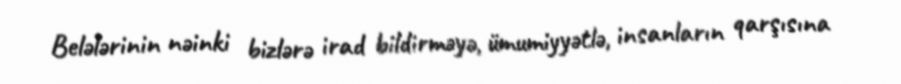
Belələrinin nəinki bizlərə irad bildirməyə, ümumiyyətlə, insanların qarşısına